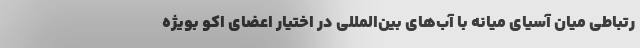
رتباطی میان آسیای میانه با آب‌های بین‌المللی در اختیار اعضای اکو بویژه